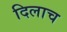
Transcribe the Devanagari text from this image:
दिलाच